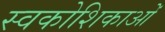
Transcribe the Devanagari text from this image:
स्वकोशिकाओं